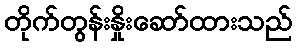
တိုက်တွန်းနှိုးဆော်ထားသည်